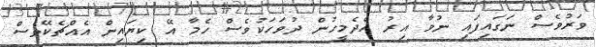
ވަރުވެސް ނަގައިފައި ނުވާ އިރު އެދެމީހުން ދުވަހަކުވެސް ހެމާ އޭ ކިޔައިން އެއްޗެކޭވެސް